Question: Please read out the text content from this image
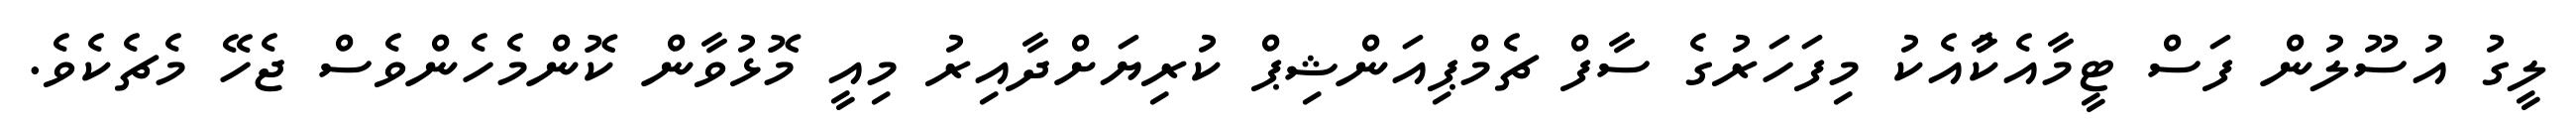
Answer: ލީގު އުސޫލުން ފަސް ޓީމާއެކުާއެކު މިފަހަރުގެ ސާފް ޗެމްޕިއަންޝިޕް ކުރިޔަށްދާއިރު މިއީ މޮޅުވާން ކޮންމެހެންވެސް ޖެހޭ މެޗެކެވެ.